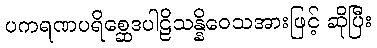
ပကရဏပရိစ္ဆေဒပါဠိသန္နိဝေသအားဖြင့် ဆိုပြီး